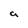
Character: a